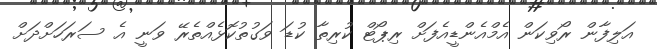
އަލިފާން ރޯވިކަން އެމްއެންޑީއެފަށް ރިޕޯޓް ކުރިތާ ކުޑަ ވަގުތުކޮޅެއްތެރޭ ވަނީ އެ ސަރަހަށްދަށް